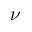
\nu